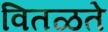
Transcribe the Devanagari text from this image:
वितळते